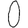
Digit: 0